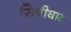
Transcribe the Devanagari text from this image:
सिपीघाट